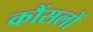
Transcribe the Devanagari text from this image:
कौंसलों